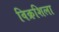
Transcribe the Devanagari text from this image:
विक्रशिला